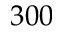
3 0 0